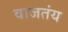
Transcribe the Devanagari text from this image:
वाजतंय